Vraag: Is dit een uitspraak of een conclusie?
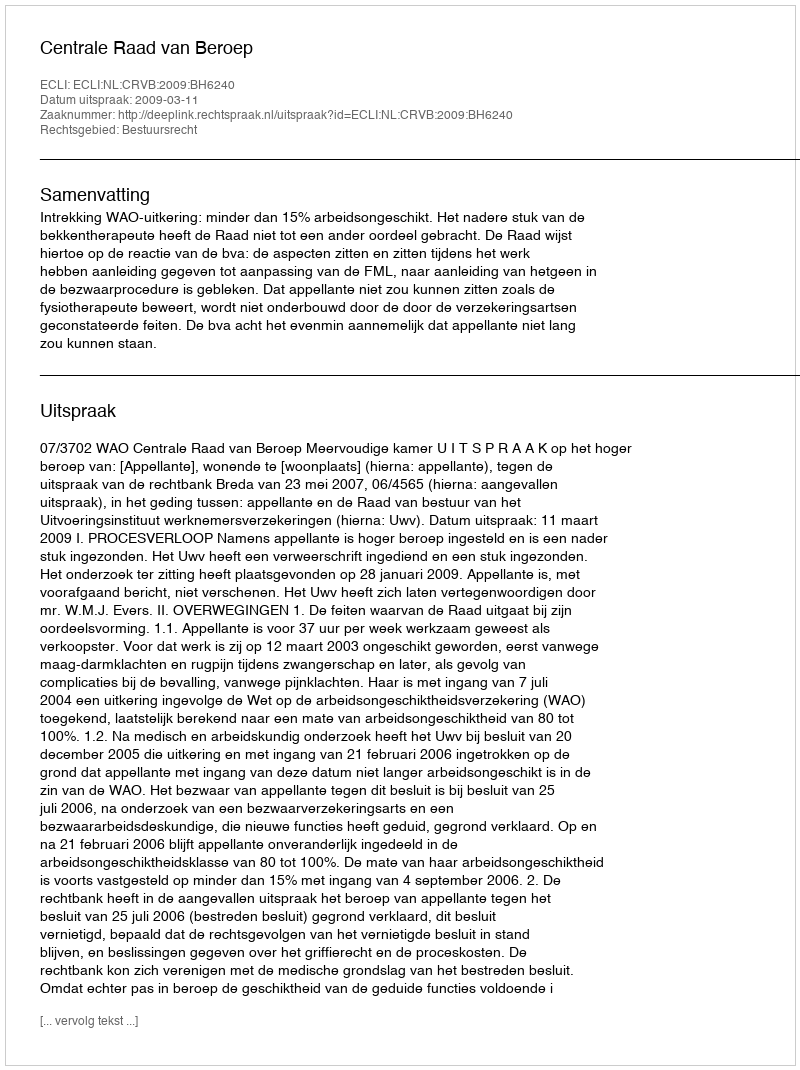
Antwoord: Uitspraak